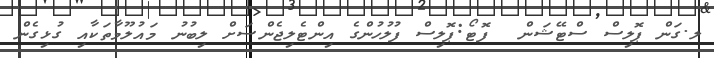
ލ.ގަން ޕޮލިސް ސްޓޭޝަން  ފޮޓޯ:ޕޮލިސް ފުލުހުންގެ އިންޓެލިޖެންސަށް ލިބުނު މައުލޫމާތަކާއި ގުޅިގެން